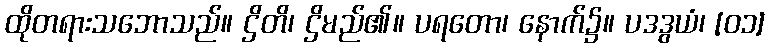
ထိုတရားသဘောသည်။ ဌိတိ၊ ဌိမည်၏။ ပရတော၊ နောက်၌။ ပဒဒွယံ၊ [၀၁]